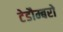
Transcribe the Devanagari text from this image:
टेडौम्बरो